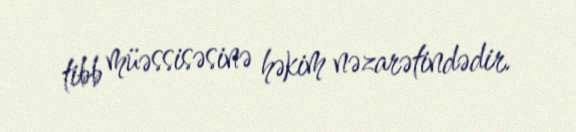
tibb müəssisəsinə həkim nəzarətindədir.